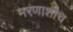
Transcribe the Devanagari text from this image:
मरणाशौच